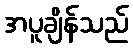
အပူချိန်သည်